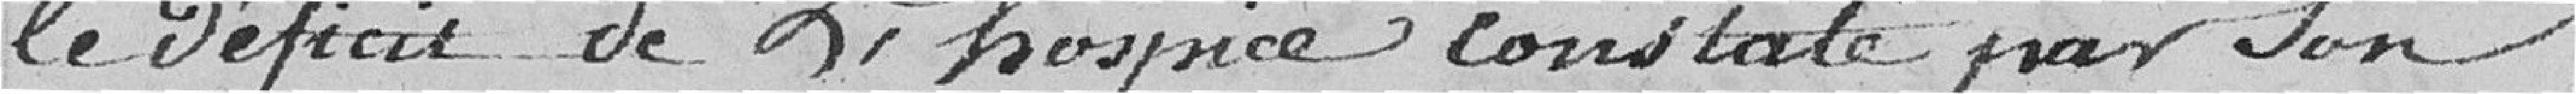
le déficit de l'hospice constaté par son